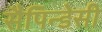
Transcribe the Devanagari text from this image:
सैपिन्डेसी